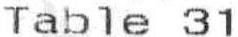
TABLE 31